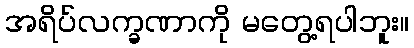
အရိပ်လက္ခဏာကို မတွေ့ရပါဘူး။